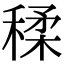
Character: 𥠊